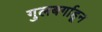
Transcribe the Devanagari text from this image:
गुलबर्गाहून